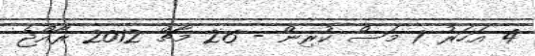
4 އަހަރު 7 މަސް ކުރިން - 26 މާޗް 2012 ރާއްޖެ